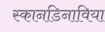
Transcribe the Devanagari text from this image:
स्कानडिनाविया